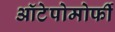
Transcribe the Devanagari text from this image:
ऑटेपोमोर्फी